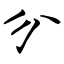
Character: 分